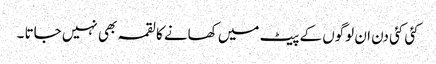
کئی کئی دن ان لوگوں کے پیٹ میں کھانے کا لقمہ بھی نہیں جاتا ۔